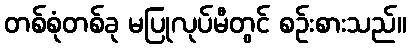
တစ်စုံတစ်ခု မပြုလုပ်မီတွင် စဉ်းစားသည်။